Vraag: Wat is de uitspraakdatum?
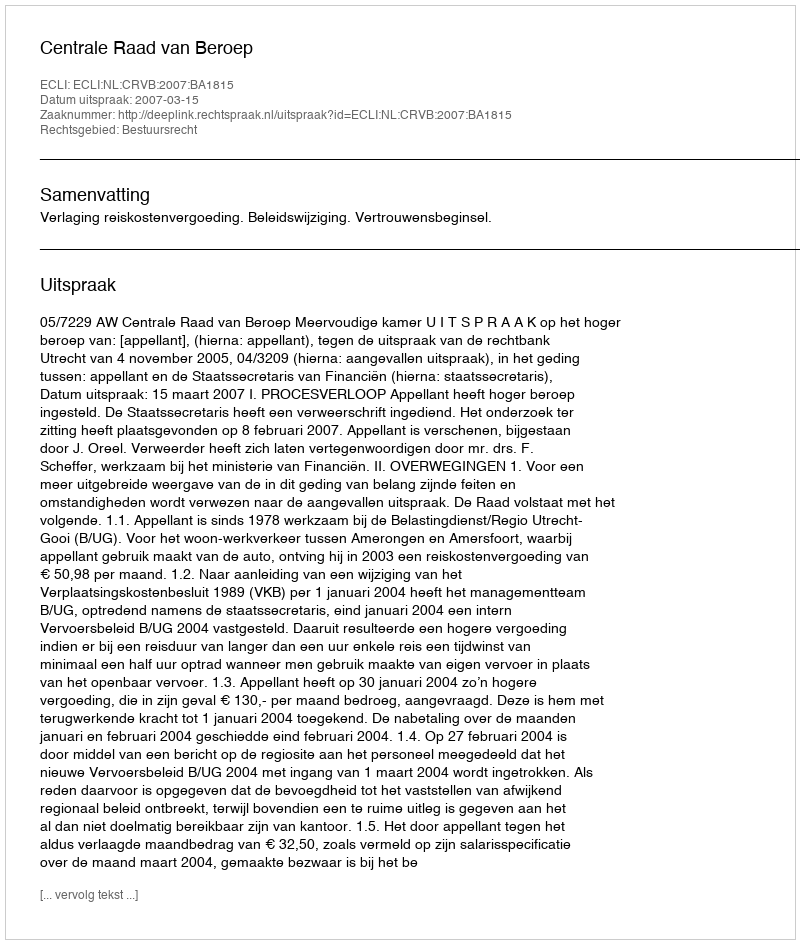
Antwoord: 2007-03-15